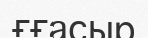
ғғасыр